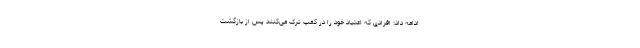
ادامه داد: افرادی که اعتیاد خود را در کمپ ترک می‌کنند پس از بازگشت